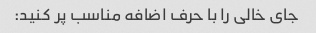
جای خالی را با حرف اضافه مناسب پر کنید: